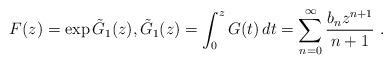
LaTeX: \begin{align*}F(z)= \exp \tilde G_1(z), \tilde G_1(z)=\int_0^z G(t)\,dt = \sum_{n=0}^\infty \frac{b_n z^{n+1}}{n+1}\ .\end{align*}